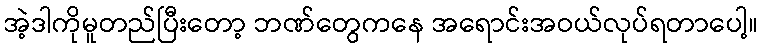
အဲ့ဒါကိုမူတည်ပြီးတော့ ဘဏ်တွေကနေ အရောင်းအဝယ်လုပ်ရတာပေါ့။